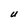
Character: U